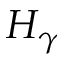
H _ { \gamma }